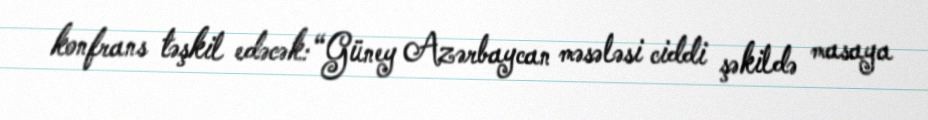
konfrans təşkil edəcək: “Güney Azərbaycan məsələsi ciddi şəkildə masaya